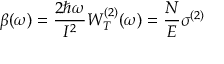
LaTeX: \beta ( \omega ) = { \frac { 2 \hbar \omega } { I ^ { 2 } } } W _ { T } ^ { ( 2 ) } ( \omega ) = { \frac { N } { E } } \sigma ^ { ( 2 ) }